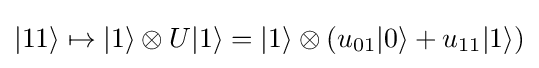
|11\rangle \mapsto |1\rangle \otimes U|1\rangle =|1\rangle \otimes (u_{01}|0\rangle +u_{11}|1\rangle )